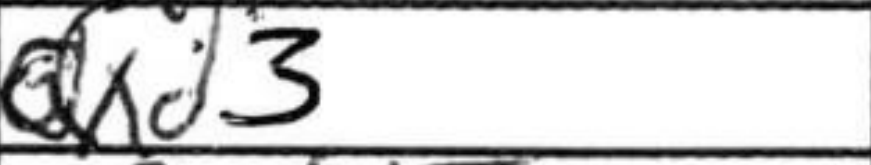
Transcription: Qxd3